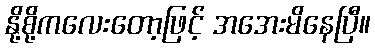
နို့စို့ကလေးတော့ဖြင့် အအေးမိနေပြီ။